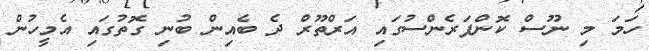
ހަމަ މި ނޫސް ކޮންފަރެންސުގައި އަރްތޫރް ދެ ބެއިން ބުނި ގޮތުގައި އެމީހުން